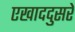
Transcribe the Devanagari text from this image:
एखाददुसरे